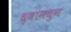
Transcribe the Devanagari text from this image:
धृवांमधुन